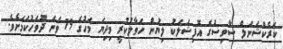
ކަރެކްޝަނަލް ސާވިސްގެ އޮފިޝަލަކު ލިޔުން ހަވާލުކުރީ މިދިޔަ މަހުގެ 19 ވަނަ ދުވަހުކަމަށެވެ.